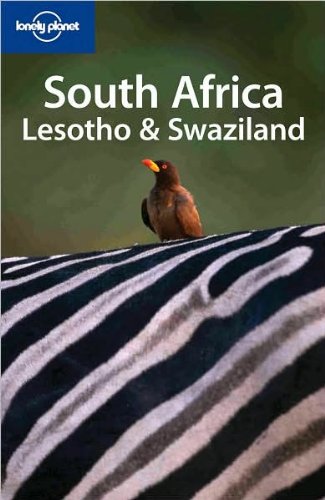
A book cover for Lonely Planet South Africa, Lesotho & Swaziland; Mary Fitzpatrick; Travel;